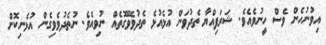
އިވުނުހެން ވެސް ހީނުވެއެވެ. ޝަރަފިއްޔާ ތެދުވަން އުޅެއުޅެ ތެދުވެވޭގޮތެއް ނުވިއެވެ. ނުތެދުވެވިގެން އުޅެނިކޮށް